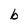
Character: b